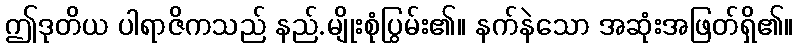
ဤဒုတိယ ပါရာဇိကသည် နည်.မျိုးစုံပြွမ်း၏။ နက်နဲသော အဆုံးအဖြတ်ရှိ၏။